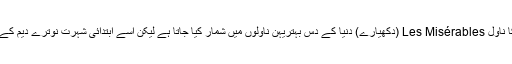
یوں تو وکٹر ہیوگو کا ناول Les Misérables (دکھیارے) دنیا کے دس بہتریہن ناولوں میں شمار کیا جاتا ہے لیکن اسے ابتدائی شہرت نوترے دیم کے کبڑے ہی سے ملی۔